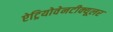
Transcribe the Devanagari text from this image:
ऐट्रियोवेनटीक्यूलर